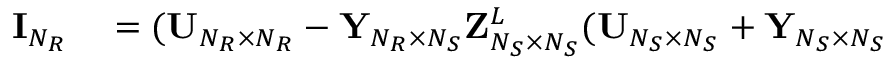
\begin{array} { r l } { { \bf { I } } _ { N _ { R } } } & { { } = ( { \bf { U } } _ { N _ { R } \times N _ { R } } - { \bf { Y } } _ { N _ { R } \times N _ { S } } { \bf { Z } } _ { N _ { S } \times N _ { S } } ^ { L } ( { \bf { U } } _ { N _ { S } \times N _ { S } } + { \bf { Y } } _ { N _ { S } \times N _ { S } } } \end{array}